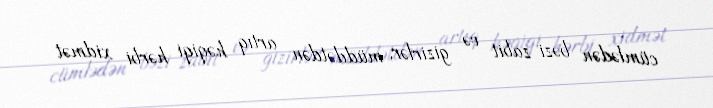
cümlədən bəzi zabit və gizirlər, müddətdən artıq həqiqi hərbi xidmət